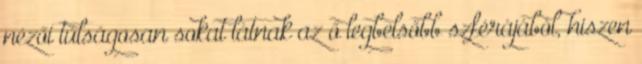
nézői túlságosan sokat látnak az ő legbelsőbb szférájából, hiszen